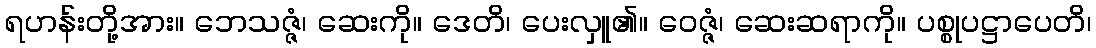
ရဟန်းတို့အား။ ဘေသဇ္ဇံ၊ ဆေးကို။ ဒေတိ၊ ပေးလှူ၏။ ဝေဇ္ဇံ၊ ဆေးဆရာကို။ ပစ္စုပဋ္ဌာပေတိ၊